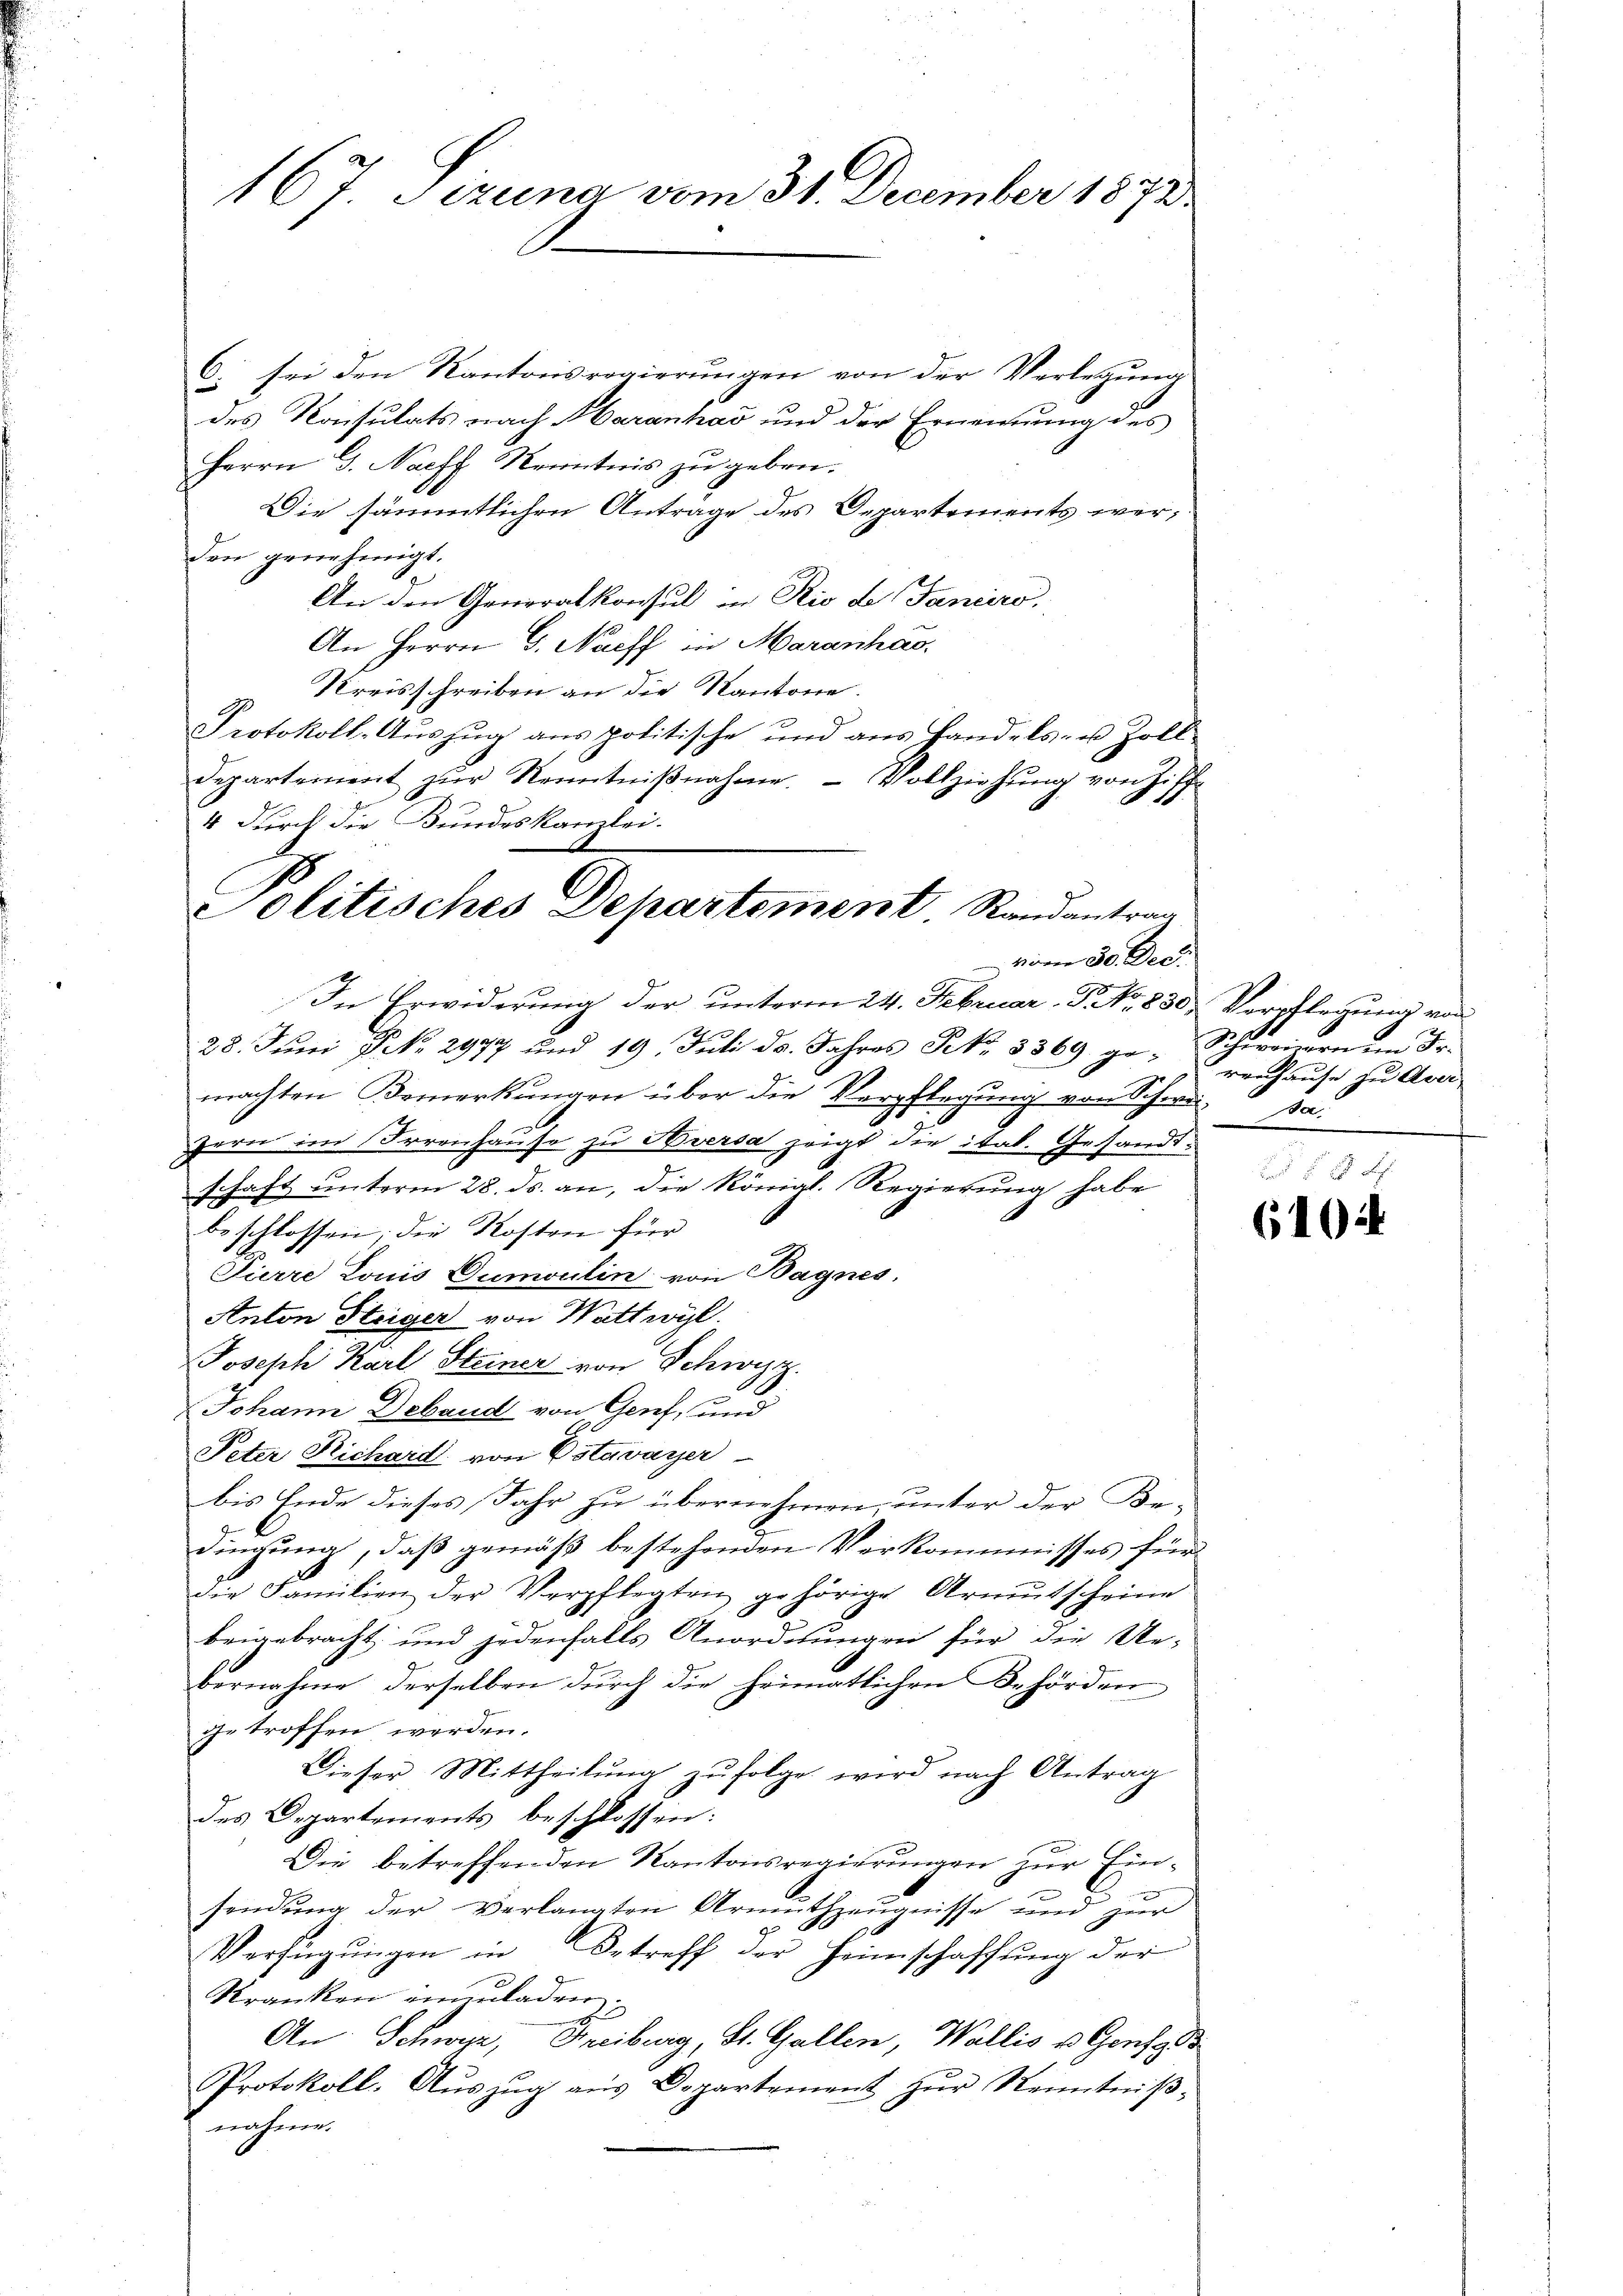
167 Sczuna vom 31. December 1872.

6. sei den Kantonsregierungen von der Verlegung
des Konsulats nach Haranhaš und der Ernennung des
Herrn J. Nach Kenntnis zu geben.
Die sämmtlichen Anträge des Departements werden genehmigt.
An den Generalkonsul in Rio de Tanciro,
An Herrn G. Naeff in Maranhas
Kreisschreiben an die Kantone.
Protokoll- Aŭszŭg ans politische und ans Handels- u. Zoll-
departement zŭr Kenntniβnahme. Vollziehŭng von Ziff
In Erwiderung der unterm 24. Februar P. Nr. 830. Verpflegung von
28. Juni d. 2977 und 19. Juli ds. Jahres Frk. 3369 ge- Schweizernem Fr.
machten Bemerkungen über die Verpflegung von Schwur pa
zern im Irrenhause zu Aversa zeigt die ital. Gesandtschaft unterm 28. ds. an, die königl. Regierung habe
beschlossen; die Kosten für
Pierre Louis Dumoulin von Bagnes,
Anton Steiger von Wattwyl.
Joseph Karl Steiner von Schwyz.
Johann Deband von Genf, und
Peter Richard von Estavayer
bis Ende dieses Jahr zu übernehmen, unter der Bedingung, daß gemäß bestehenden Verkommnisses für
die Familien der Verpflegten gehörige Armutscheine
beigebracht und jedenfalls Anordnungen für die Ue-
bernahme derselben durch die heimatlichen Behörden
getroffen werden.
Dieser Mittheilŭng zŭfolge wird nach Antrag
des Departements beschlossen:
Die betreffenden Kantonsregierungen zur Einsendung der verlangten Armuthzeugnisse und zur
Verfügŭngen in Betreff der Heimschaffŭng der
Kranken innladen
An Schwyz, Freiburg, St. Gallen, Wallis u. Gensys
Protokoll. Aŭszŭg aŭs Departement zŭr Kenntniβ-
nahme.

4 durch die Bundeskanzlei.
Politisches Departement Randantrag
vom 30. Dec.

renhause zu Aner-

6104